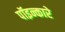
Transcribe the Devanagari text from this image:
पॉइन्कारे